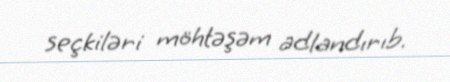
seçkiləri möhtəşəm adlandırıb.